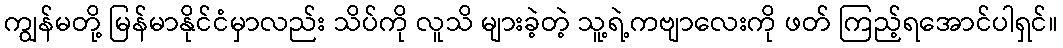
ကျွန်မတို့ မြန်မာနိုင်ငံမှာလည်း သိပ်ကို လူသိ များခဲ့တဲ့ သူ့ရဲ့ကဗျာလေးကို ဖတ် ကြည့်ရအောင်ပါရှင်။